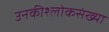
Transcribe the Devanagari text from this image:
उनकीश्लोकसंख्या